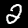
Digit: 2